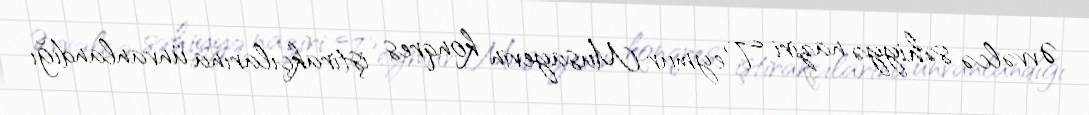
Əvvəlcə səhiyyə naziri Teymur Musayevin konqres iştirakçılarına ünvanlandığı